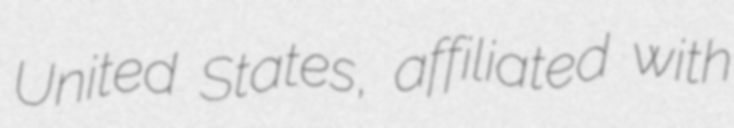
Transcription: United States, affiliated with